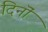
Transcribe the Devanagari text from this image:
दिनॊं